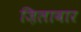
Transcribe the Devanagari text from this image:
ज़िलावार